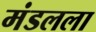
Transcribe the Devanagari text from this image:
मंडलला